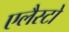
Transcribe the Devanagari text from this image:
एलैस्टो